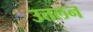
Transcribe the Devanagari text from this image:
उत्तलन